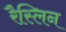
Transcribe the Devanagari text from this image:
रैस्लिन